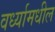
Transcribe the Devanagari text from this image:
वर्ध्यामधील